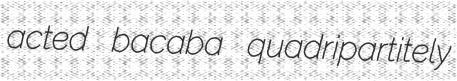
acted bacaba quadripartitely